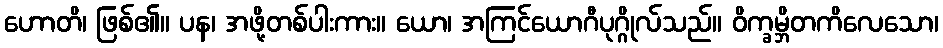
ဟောတိ၊ ဖြစ်၏။ ပန၊ အဖို့တစ်ပါးကား။ ယော၊ အကြင်ယောဂီပုဂ္ဂိုလ်သည်။ ဝိက္ခမ္ဘိတကိလေသော၊